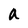
Character: a